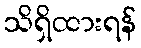
သိရှိထားရန်